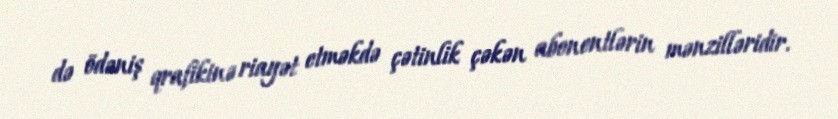
də ödəniş qrafikinə riayət etməkdə çətinlik çəkən abonentlərin mənzilləridir.